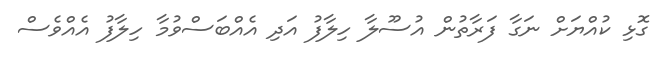
ގޮޅި ކުއްޔަށް ނަގާ ފަރާތުން އުސޫލާ ހިލާފު އަދި އެއްބަސްވުމާ ހިލާފު އެއްވެސް